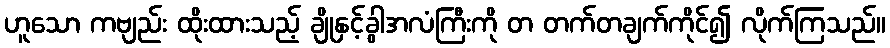
ဟူသော ကဗျည်း ထိုးထားသည့် ချိုနှင့်ခွါအလံကြီးကို တ တက်တချက်ကိုင်၍ လိုက်ကြသည်။